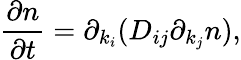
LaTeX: \frac{\partial n}{\partial t}=\partial_{k_{i}}(D_{ij}\partial_{k_{j}}n),